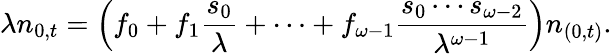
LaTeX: \lambda n_{0,t}=\left(f_{0}+f_{1}{\frac{s_{0}}{\lambda}}+\cdots+f_{\omega-1}{\frac{s_{0}\cdots s_{\omega-2}}{\lambda^{\omega-1}}}\right)n_{(0,t)}.